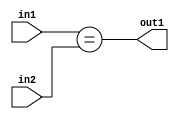
`timescale 1ps / 1ps
/*****************************************************************************
    Verilog RTL Description
    
    
    Created by: Stratus DpOpt 2019.1.01 
*******************************************************************************/

module pw_feature_addr_gen_Equal_16Ux5U_1U_4 (
	in2,
	in1,
	out1
	); /* architecture "behavioural" */ 
input [15:0] in2;
input [4:0] in1;
output  out1;
wire  asc001;

assign asc001 = (in1==in2);

assign out1 = asc001;
endmodule

/* CADENCE  ubDySws= : u9/ySgnWtBlWxVPRXgAZ4Og= ** DO NOT EDIT THIS LINE ******/